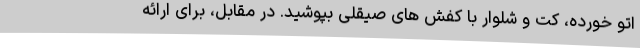
اتو خورده، کت و شلوار با کفش های صیقلی بپوشید. در مقابل، برای ارائه